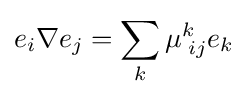
e_{i}\nabla e_{j}=\sum _{k}\mu _{\;ij}^{k}e_{k}